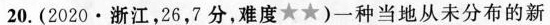
20.(2020·浙江，26，7分，难度) 一种当地从未分布的新